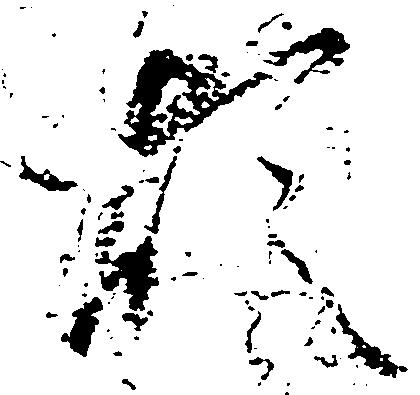
煩